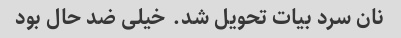
نان سرد بیات تحویل شد. خیلی ضد حال بود